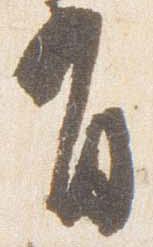
有